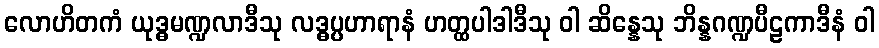
လောဟိတကံ ယုဒ္ဓမဏ္ဍလာဒီသု လဒ္ဓပ္ပဟာရာနံ ဟတ္ထပါဒါဒီသု ဝါ ဆိန္နေသု ဘိန္နဂဏ္ဍပီဠကာဒီနံ ဝါ